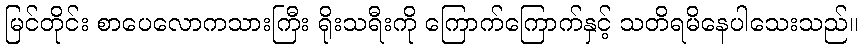
မြင်တိုင်း စာပေလောကသားကြီး ရိုးသရီးကို ကြောက်ကြောက်နှင့် သတိရမိနေပါသေးသည်။